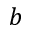
b